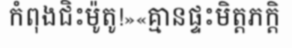
កំពុងជិះម៉ូតូ!»«គ្មានផ្ទះមិត្តភក្តិ